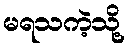
မရသကဲ့သို့